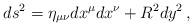
LaTeX: \begin{align*}ds^2 = \eta_{\mu\nu} dx^\mu dx^\nu + R^2 dy^2 \, ,\end{align*}